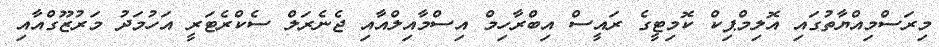
މިރަސްމިއްޔާތުގައި އޮލިމްޕިކް ކޮމިޓީގެ ރައީސް އިބްރާހިމް އިސްމާއިލްއާއި ޖެނެރަލް ސެކްރެޓަރީ އަހުމަދު މަރުޒޫގްއާއި